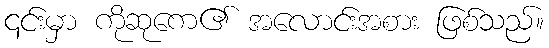
၎င်းမှာ ကိုဆုကေ၏ အလောင်းအစား ဖြစ်သည်။